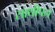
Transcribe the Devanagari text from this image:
साथीपन